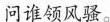
问谁领风骚。